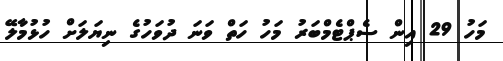
މަހު 29 އިން ސެޕްޓެމްބަރު މަހު ހަތް ވަނަ ދުވަހުގެ ނިޔަލަށް ހުޅުމާލޭ